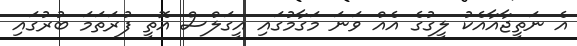
އެ ނަތީޖާއާއެކު ލީގުގެ އެއް ވަނަ މަގާމުގައި އީގަލްސް އޮތީ ފުރަތަމަ ބުރުގައި